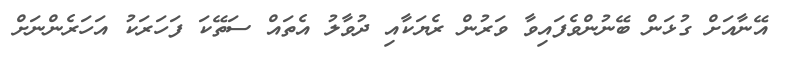
އޭނާއަށް ގުޅަން ބޭނުންވެފައިވާ ވަރުން ރެޔަކާއި ދުވާލު އެތައް ސަތޭކަ ފަހަރަކު އަހަރެންނަށް